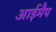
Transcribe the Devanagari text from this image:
आईमैप